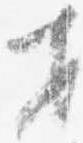
才